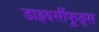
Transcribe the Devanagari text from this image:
डाइवर्सीफूड्स